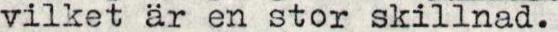
vilket är en stor skillnad.